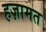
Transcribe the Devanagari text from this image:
हज़ामत